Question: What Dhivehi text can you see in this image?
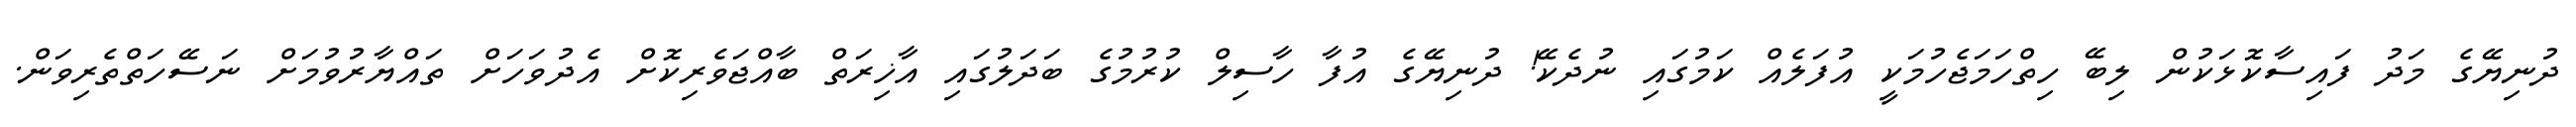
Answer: ދުނިޔޭގެ މަދު ފައިސާކޮޅަކުން ލިބޭ ހިތްހަމަޖެހުމަކީ އުފަލެއް ކަމުގައި ނުދެކޭ! ދުނިޔޭގެ އުފާ ހާސިލް ކުރުމުގެ ބަދަލުގައި އާޚިރަތް ބާއްޖަވެރިކޮށް އެދުވަހަށް ތައްޔާރުވުމަށް ނަސޭހަތްތެރިވަން.